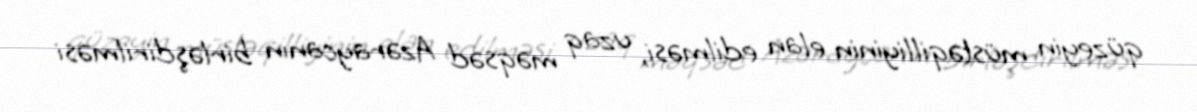
qüzeyin müstəqilliyinin elan edilməsi, uzaq məqsəd Azəraycanın birləşdirilməsi